Indian journal of veterinary science and animal husbandry - Volume 5,
Year: 1935
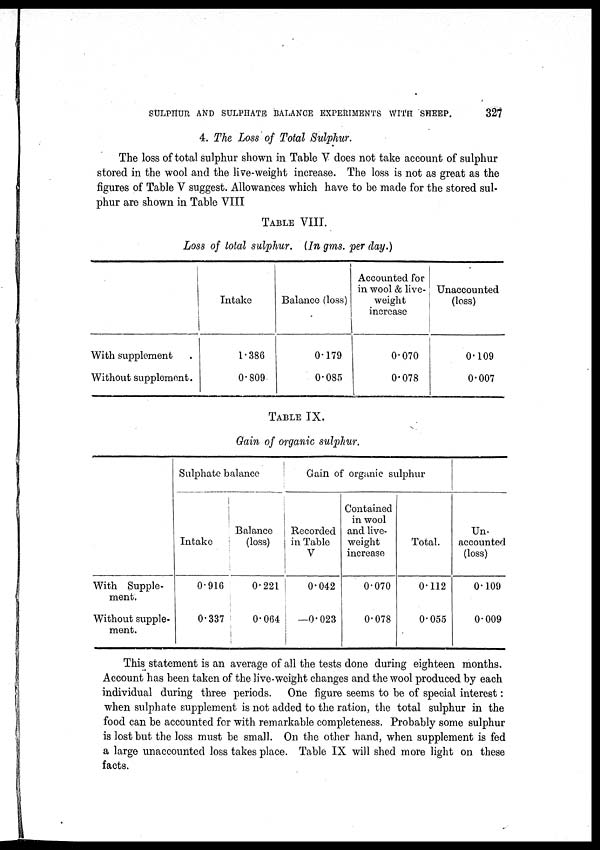
SULPHUR AND SULPHATE BALANCE EXPERIMENTS WITH SHEEP.
327
4. The Loss of Total Sulphur.
The loss of total sulphur shown in Table V does not take account of sulphur
stored in the wool and the live-weight increase. The loss is not as great as the
figures of Table V suggest. Allowances which have to be made for the stored sul-
phur are shown in Table VIII
TABLE VIII.
Loss of total sulphur. (In gms. per day.)
With supplement . . .
Without supplement. . .
Intake
1.386
0.809
Balance (loss)
0.179
0.085
Accounted for
in wool & live-
weight
increase
0.070
0.078
Unaccounted
(loss)
0.109
0.007
TABLE IX.
Gain of organic sulphur.
With Supple-
ment.
Without supple-
ment.
Sulphate balance
Intake
0.916
0.337
Balance
(loss)
0.221
0.064
Gain of organic sulphur
Recorded
in Table
V
0.042
— 0.023
Contained
in wool
and live-
weight
increase
0.070
0.078
Total.
0.112
0.055
Un-
accounted
(loss)
0.109
0.009
This statement is an average of all the tests done during eighteen months.
Account has been taken of the live-weight changes and the wool produced by each
individual during three periods. One figure seems to be of special interest:
when sulphate supplement is not added to the ration, the total sulphur in the
food can be accounted for with remarkable completeness. Probably some sulphur
is lost but the loss must be small. On the other hand, when supplement is fed
a large unaccounted loss takes place. Table IX will shed more light on these
facts.